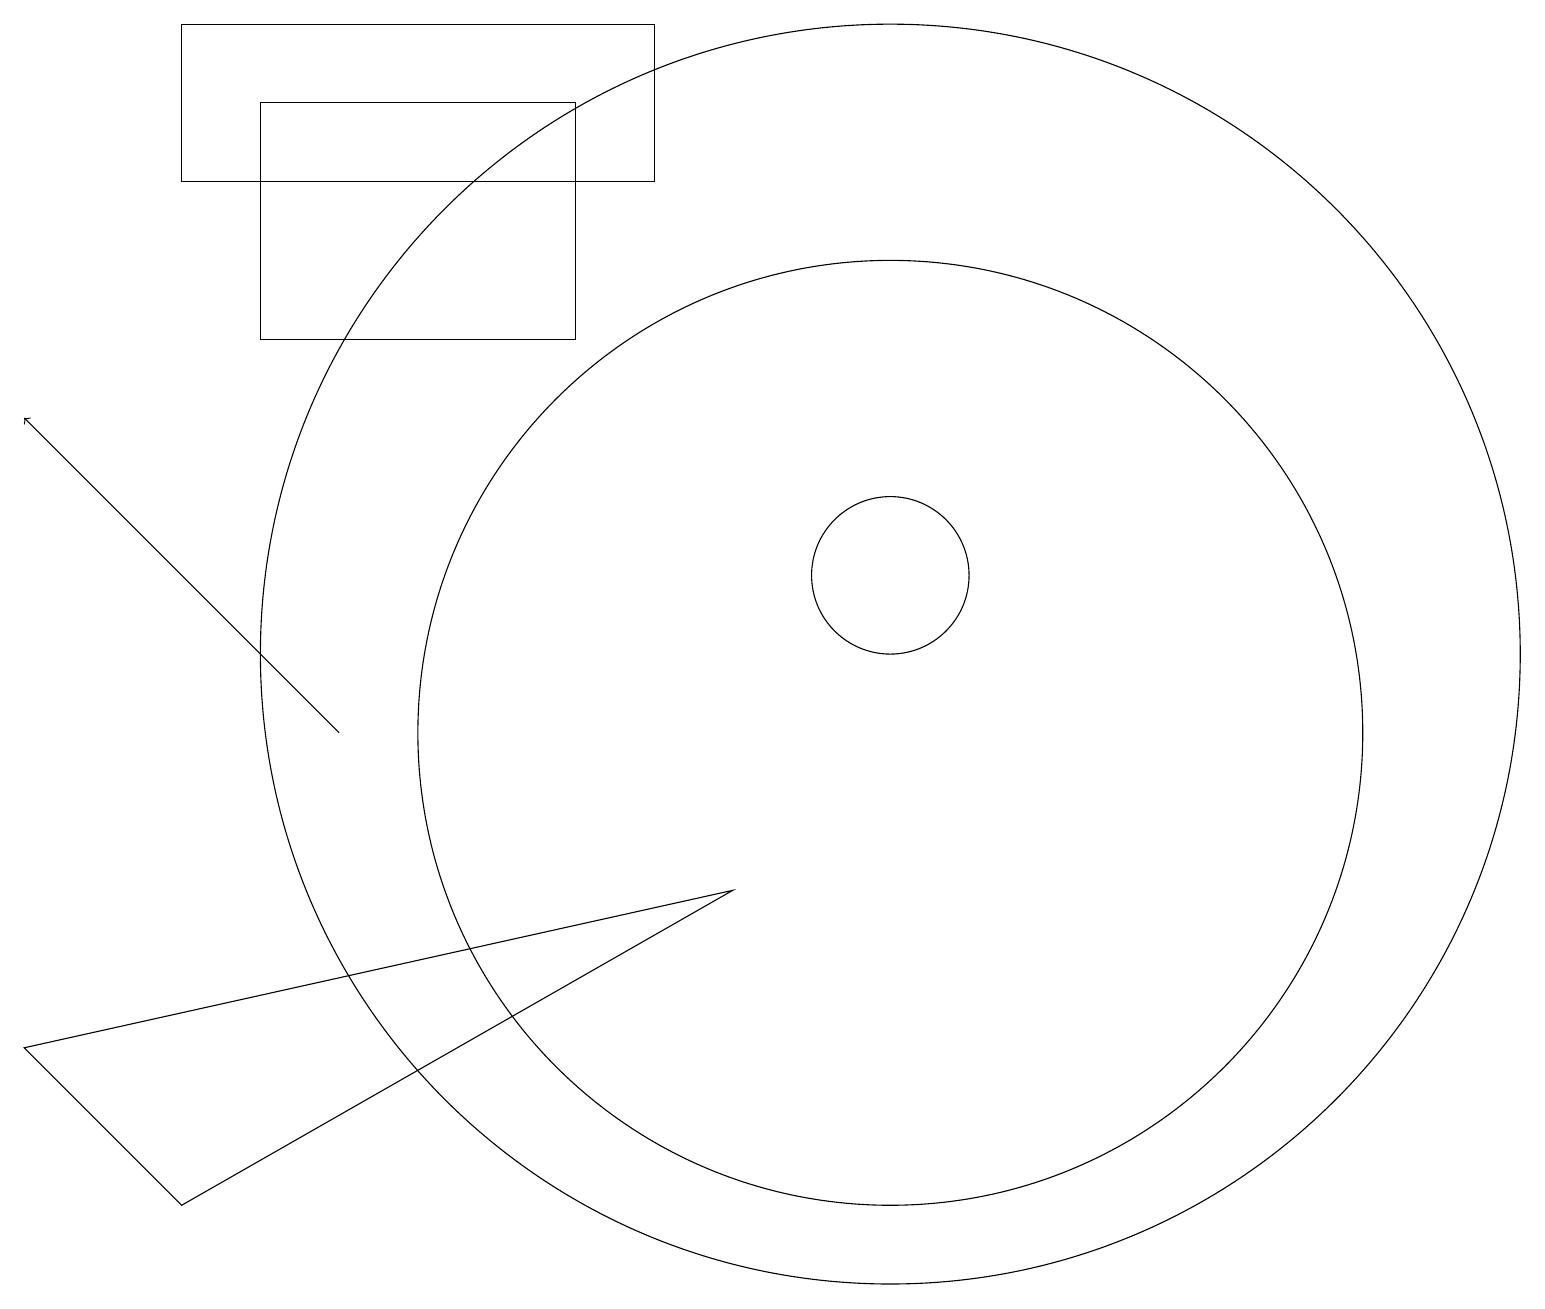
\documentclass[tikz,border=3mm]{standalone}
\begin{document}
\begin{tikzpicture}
\draw (0,6) -- (9,8) -- (2,4) -- cycle;
\draw (11,11) circle (8);
\draw (2,17) rectangle (8,19);
\draw (11,10) circle (6);
\draw (11,12) circle (1);
\draw (10,10) circle (0);
\draw (3,15) rectangle (7,18);
\draw[->] (4,10) -- (0,14);
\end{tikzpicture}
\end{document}